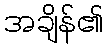
အချိန်၏